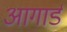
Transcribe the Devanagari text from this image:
आगार्ड